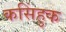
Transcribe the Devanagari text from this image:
कसिंहुक